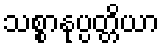
သစ္စာနုပ္ပတ္တိယာ